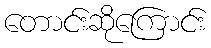
တောင်းဆိုကြောင်း